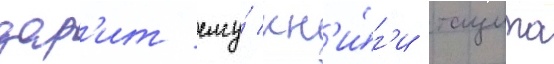
дар'ит ему́ кн'и́г'и тацита